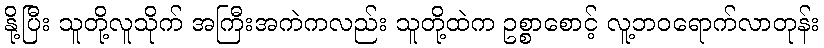
နို့ပြီး သူတို့လူသိုက် အကြီးအကဲကလည်း သူတို့ထဲက ဥစ္စာစောင့် လူ့ဘဝရောက်လာတုန်း